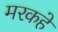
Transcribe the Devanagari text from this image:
मरकहे